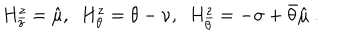
H _ { \bar { z } } ^ { z } = \hat { \mu } , ~ ~ H _ { \theta } ^ { z } = \theta - \nu , ~ ~ H _ { \bar { \theta } } ^ { z } = - \sigma + \bar { \theta } \hat { \mu } \ .